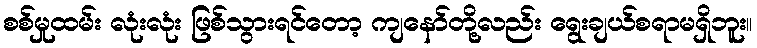
စစ်မှုထမ်း လုံးလုံး ဖြစ်သွားရင်တော့ ကျနော်တို့လည်း ရွေးချယ်စရာမရှိဘူး။